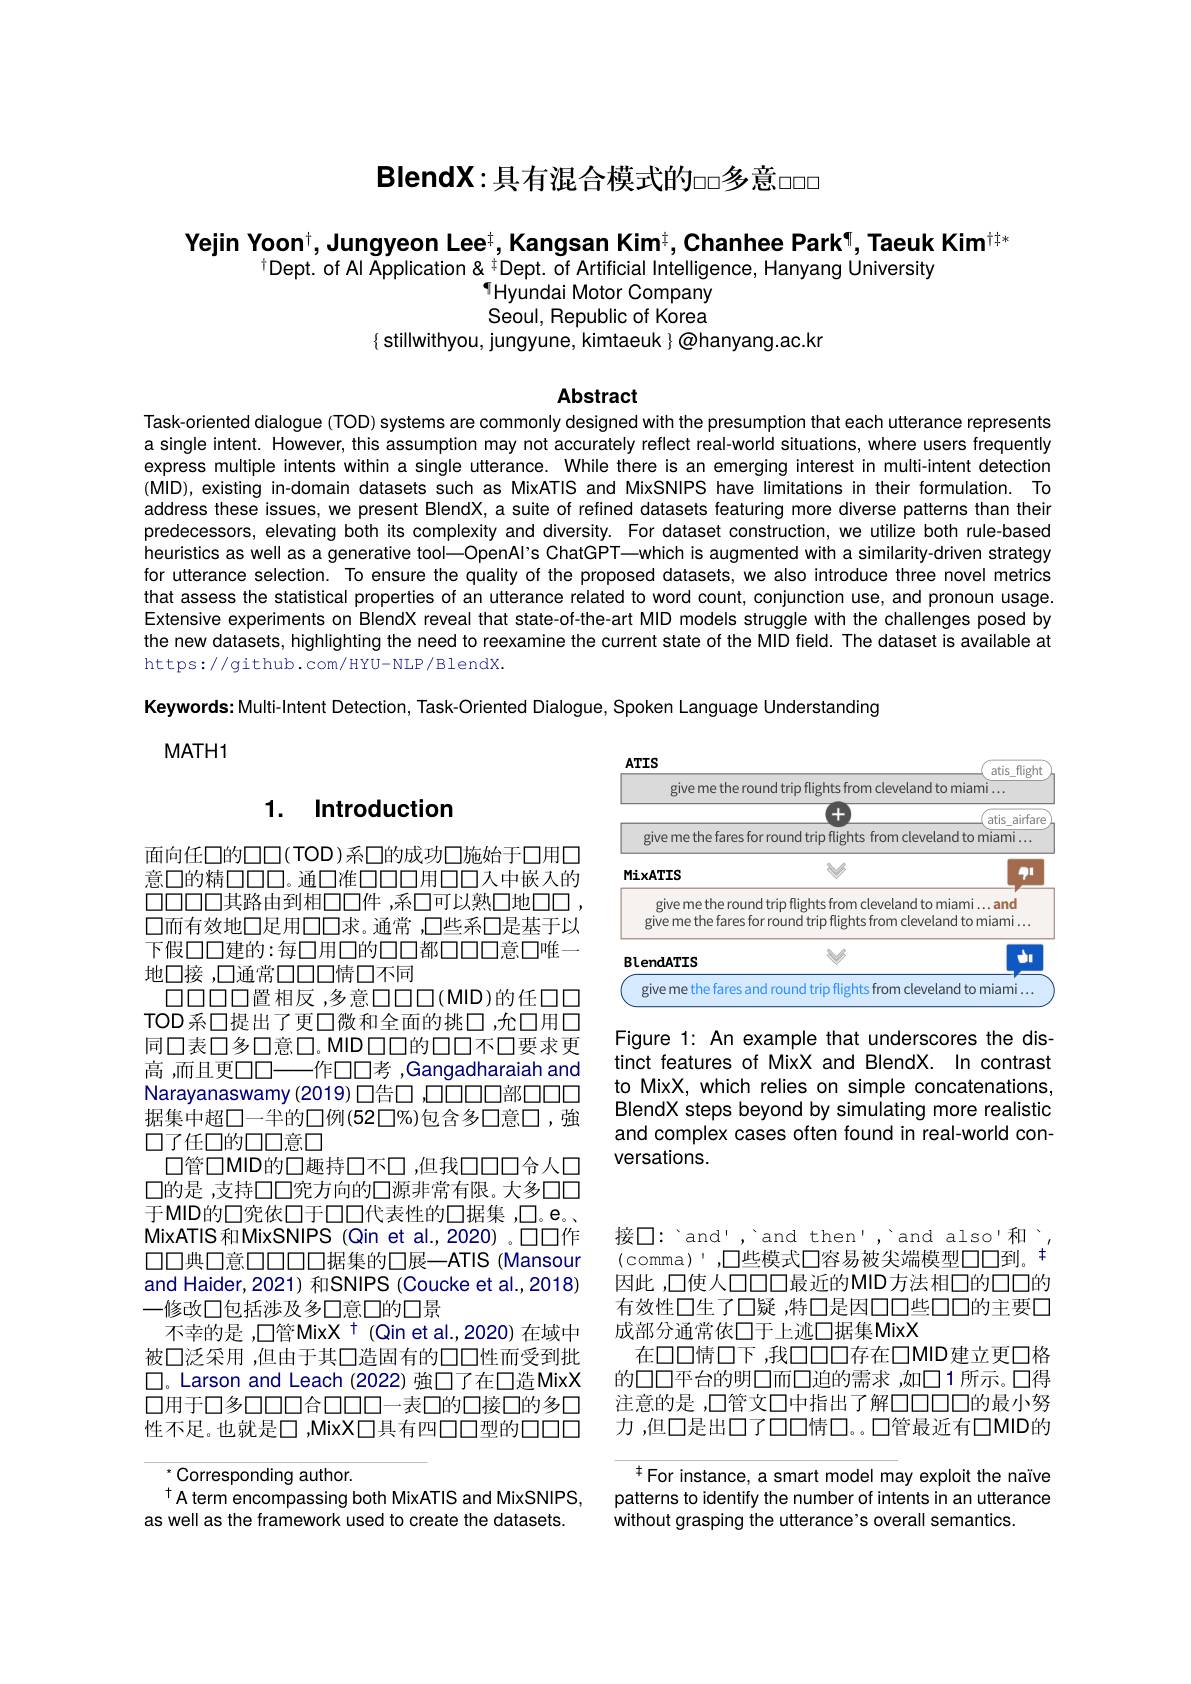
$\mathsf{BlendX:}$具有混合模式的$\square\square$多意$\square\square\square$

Yejin Yoon$^\dagger$,Jungyeon Lee$^\dagger$,Kangsan Kim$^\dagger$,Chanhee Park$^\P$,Taeuk Kim$^{\dagger\dagger*}$
$^{\dagger}$Dept. of Al Application& $^{\pm}$Dept. of Artificial Intelligence, Hanyang University
# THyundai Motor Company

Seoul, Republic of Korea
$\{$ stillwithyou, jungyune, kimtaeuk{ @hanyang.ac.kr

Abstract

Task-oriented dialogue (TOD) systems are commonly designed with the presumption that each utterance represents a single intent. However, this assumption may not accurately reflect real-world situations, where users frequently express multiple intents within a single utterance. While there is an emerging interest in multi-intent detection (MID),existing in-domain datasets such as MixATIS and MixSNIPS have limitations in their formulation. To address these issues, we present BlendX, a suite of refined datasets featuring more diverse patterns than their predecessors, elevating both its complexity and diversity. For dataset construction, we utilize both rule-based heuristics as well as a generative tool—OpenAl's ChatGPT—which is augmented with a similarity-driven strategy for utterance selection. To ensure the quality of the proposed datasets, we also introduce three novel metrics that assess the statistical properties of an utterance related to word count, conjunction use, and pronoun usage. Extensive experiments on BlendX reveal that state-of-the-art MID models struggle with the challenges posed by the new datasets, highlighting the need to reexamine the current state of the MID field. The dataset is available at https://github.com/HYU-NLP/BlendX.

Keywords: Multi-Intent Detection, Task-Oriented Dialogue, Spoken Language Understanding
$MATH1$

<table>
	<tbody>
		<tr>
			<th>atis flight</th>
		</tr>
		<tr>
			<td>m cleveland to miami $\ldots$</td>
		</tr>
		<tr>
			<td>atis airfares andis andis andis por from cleveland to miami ...</td>
		</tr>
		<tr>
			<td> </td>
		</tr>
		<tr>
			<td>cleveland to miami ... and s from cleveland to miami.</td>
		</tr>
		<tr>
			<td> </td>
		</tr>
		<tr>
			<td> </td>
		</tr>
	</tbody>
</table>

## 1. Introduction

Figure 1: An example that underscores the distinct features of MixX and BlendX. In contrast to MixX, which relies on simple concatenations, BlendX steps beyond by simulating more realistic and complex cases often found in real-world conversations.

面向任口的口口(TOD)系口的成功口施始于口用口意口的精口口口。通口准口口口用口口人中嵌入的$\square\square\square\square\square$其路由到相口口件，系口可以熟口地口口， 口而有效地口足用口口求。通常 ,口些系口是基于以下假口口建的：每口用口的口口都口口口意口唯一地口接 ,口通常口口口情口不同
$\square\square\square\square\square\square$置相反，多意$\square\square\square\square($MID)的任口口TOD系口提出了更口微和全面的挑口，允口用口同口表口多口意口。MID 口口的口口不口要求更
一作口口考 ,Gangadharaiah and
高，而且更口口一
Narayanaswamy (2019) 口告口 ,口口口口部口口口据集中超口一半的口例(52口%)包含多口意口，強口了任口的口口意口
口管口MID的口趣持口不口，但我口口口合人口口的是 ,支持口口究方向的口源非常有限。大多口口于MID的口究依口于口口代表性的口据集 ,□。e。MixATIS和MixSNIPS (Qin et al.,2020) 。口口作口口典口意口口口口口据集的口展—ATIS (Mansour and Haider,2021) 和SNIPS (Coucke et al.,2018) 一修改口包括涉及多口意口的口景
不幸的是 ,口管MixX $^{+}$ (Qin et al.,2020)在域中被口泛采用，但由于其口造固有的口口性而受到批$\square$。Larson and Leach (2022) 強口了在口造MixX 口用于口多口口口合口口口一表口的口接口的多口性不足。也就是□,MixX□具有四口口型的口口口

接口：'and', 'and then','and also'和', (comma)',口些模式口容易被尖端模型口口到。+ 因此 ,口使人口口口最近的MID方法相口的口口的有效性口生了口疑 ,特口是因口口些口口的主要口成部分通常依口于上迹口据集MixX
在口口情口下，我口口口存在口MID建立更口格的口口平台的明口而口迫的需求 ,如口1 所示。口得注意的是 ,口管文口中指出了解口口口口的最小努力 ,但口是出口了口口情口。口管最近有口MID的

$^{\ddagger}$For instance, a smart model may exploit the naïve patterns to identify the number of intents in an utterance without grasping the utterance's overall semantics.

$^{*}$Corresponding author.
$^{\dagger}$A term encompassing both MixATIS and MixSNIPS, as well as the framework used to create the datasets.